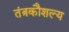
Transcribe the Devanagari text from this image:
तंत्रकौशल्य